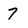
Character: 7